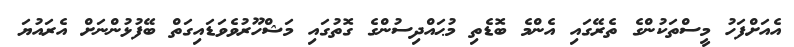
އެއަށްފަހު މީސްތަކުންގެ ތެރޭގައި އެންމެ ބޮޑެތި މުޙައްދިސުންގެ ގޮތުގައި މަޝްހޫރުވެވަޑައިގަތް ބޭފުޅުންނަށް އެރައުޔަ